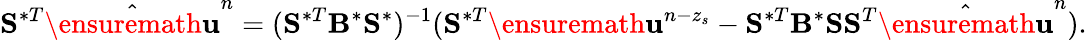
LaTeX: \mathbf{S}^{\ast T}\hat{\ensuremath{\mathbf{u}}}^{n}=(\mathbf{S}^{\ast T}\mathbf{B}^{\ast}\mathbf{S}^{\ast})^{-1}(\mathbf{S}^{\ast T}\ensuremath{\mathbf{u}}^{n-z_{s}}-\mathbf{S}^{\ast T}\mathbf{B}^{\ast}\mathbf{S}\mathbf{S}^{T}\hat{\ensuremath{\mathbf{u}}}^{n}).